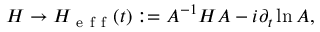
H \rightarrow H _ { \mathrm { ~ e ~ f ~ f ~ } } ( t ) : = A ^ { - 1 } H A - i \partial _ { t } \ln A ,